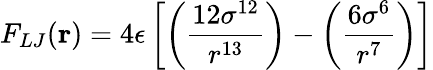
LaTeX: F_{LJ}(\mathbf r)=4\epsilon\left[\left(\frac{12\sigma^{12}}{r^{13}}\right)-\left(\frac{6\sigma^{6}}{r^{7}}\right)\right]